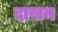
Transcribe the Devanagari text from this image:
दाखन